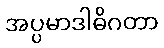
အပ္ပမာဒါဓိဂတာ